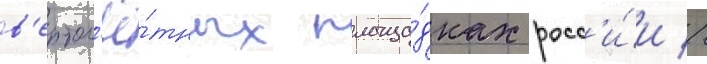
в'ертол'ё́тных площа́дках росс'и́и //